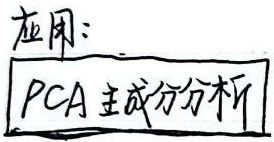
应用：PCA主成分分析